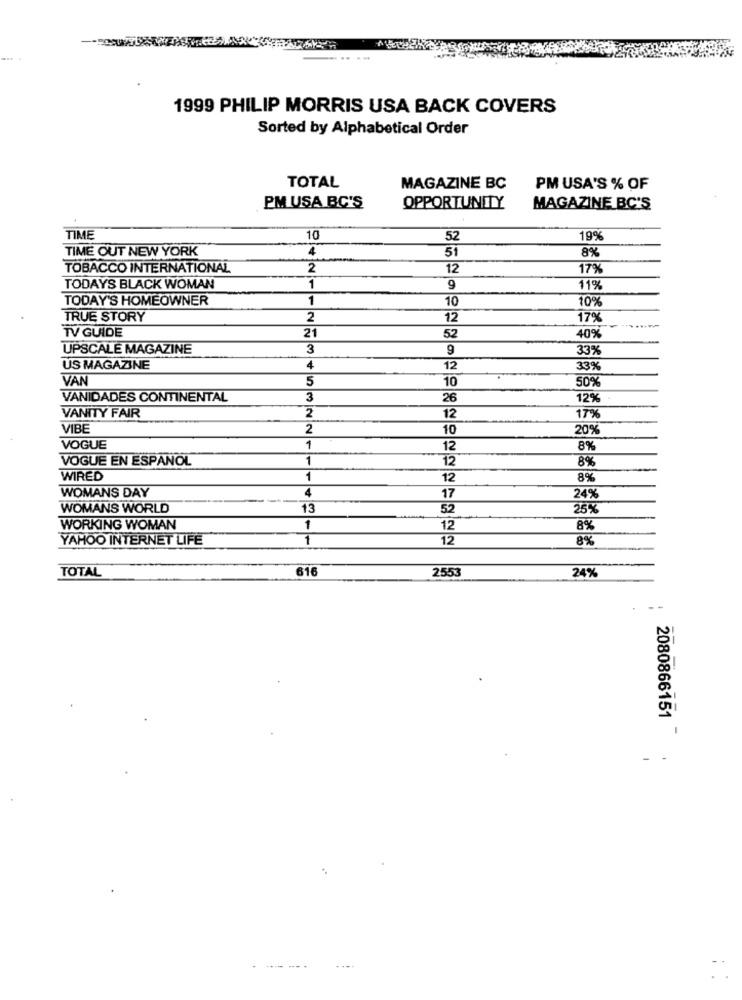
1999 PHILIP MORRIS USA BACK COVERS
Sorted by Alphabetical Order
TOTAL
MAGAZINE BC
PM USA'S % OF
PM USA BC'S
OPPORTUNITY
MAGAZINE BC'S
TIME
10
52
19%
TIME OUT NEW YORK
4
51
8%
TOBACCO INTERNATIONAL
2
12
17%
TODAYS BLACK WOMAN
1
9
11%
TODAY'S HOMEOWNER
1
10
10%
TRUE STORY
2
12
17%
TV GUIDE
21
52
40%
UPSCALE MAGAZINE
3
9
33%
US MAGAZINE
4
12
339
VAN
5
10
50%
VANIDADES CONTINENTAL
3
26
12%
2
VANITY FAIR
12
179
VIBE
2
10
20%
VOGUE
1
12
8%
VOGUE EN ESPANOL
1
12
8%
WIRED
1
12
8%
WOMANS DAY
4
17
24%
WOMANS WORLD
13
52
25%
WORKING WOMAN
1
12
8%
YAHOO INTERNET LIFE
1
12
8%
TOTAL
616
2553
24%
2080866151
- -